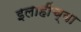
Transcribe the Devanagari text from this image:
इलाहींच्या